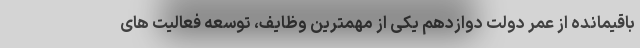
باقیمانده از عمر دولت دوازدهم یکی از مهمترین وظایف، توسعه فعالیت های